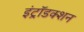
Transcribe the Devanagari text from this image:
इंट्रॉडक्शन